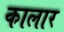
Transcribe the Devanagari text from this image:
कालार